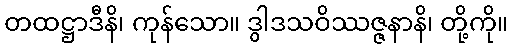
တထဋ္ဌာဒီနိ၊ ကုန်သော။ ဒွါဒသဝိဿဇ္ဇနာနိ၊ တို့ကို။